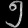
Digit: ၅